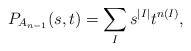
\begin{gather*}P_{A_{n-1}}(s,t)=\sum_{I} s^{|I|} t^{n(I)},\end{gather*}